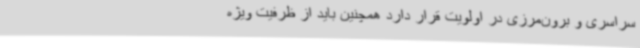
سراسری و برون‌مرزی در اولویت قرار دارد همچنین باید از ظرفیت ویژه